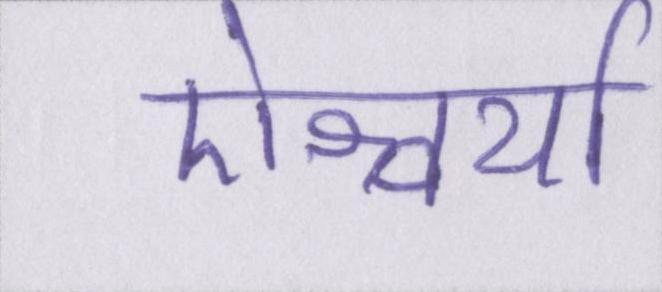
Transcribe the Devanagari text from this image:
ऐश्वर्या